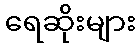
ရေဆိုးများ